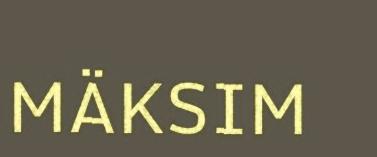
MÄKSIM